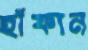
হাঁফান